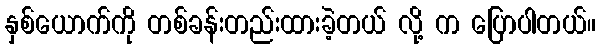
နှစ်ယောက်ကို တစ်ခန်းတည်းထားခဲ့တယ် လို့ က ပြောပါတယ်။